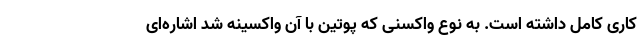
کاری کامل داشته است. به نوع واکسنی که پوتین با آن واکسینه شد اشاره‌ای